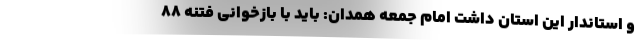
و استاندار این استان داشت امام جمعه همدان: باید با بازخوانی فتنه ۸۸